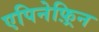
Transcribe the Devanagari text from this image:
एपिनेफ़्रिन